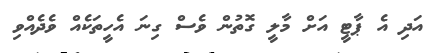
އަދި އެ ޕާޓީ އަށް މާލީ ގޮތުން ވެސް ގިނަ އެހީތަކެއް ވެދެއްވި